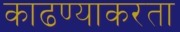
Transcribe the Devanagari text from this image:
काढण्याकरता